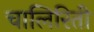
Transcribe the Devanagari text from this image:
चालिरिती